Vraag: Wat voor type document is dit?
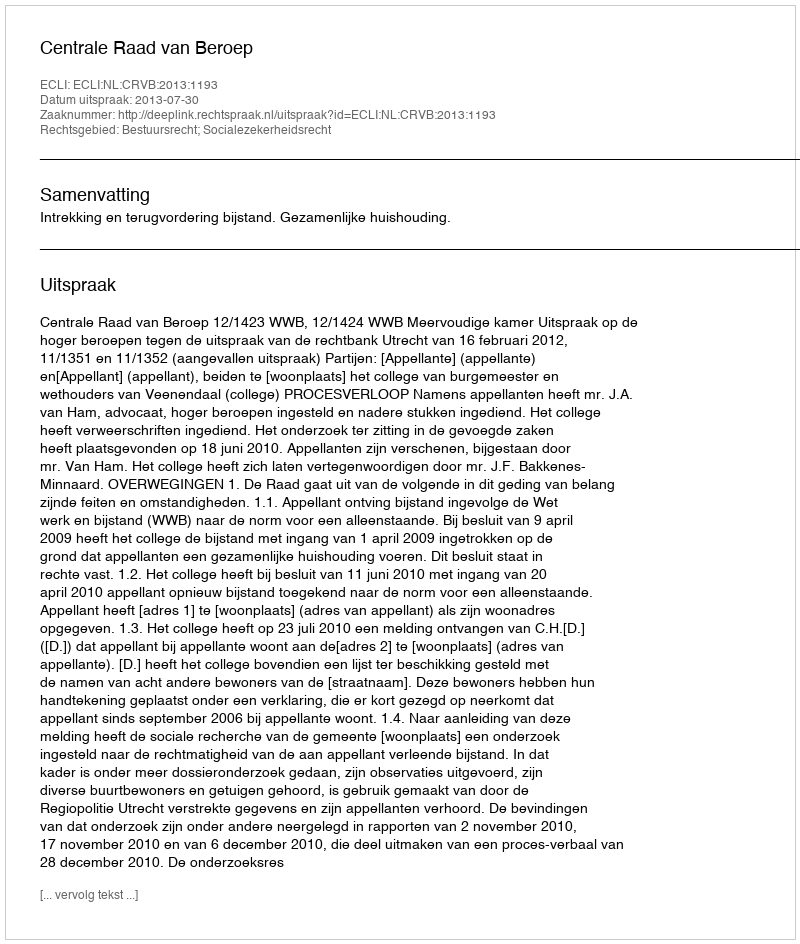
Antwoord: Uitspraak